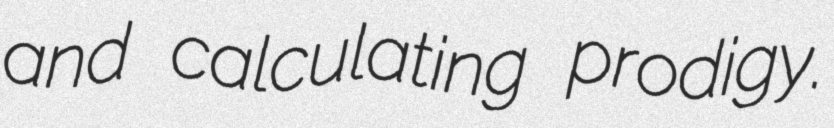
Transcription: and calculating prodigy.